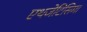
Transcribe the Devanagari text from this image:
एथजेटिसिमा